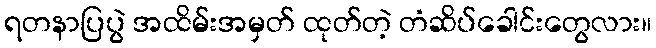
ရတနာပြပွဲ အထိမ်းအမှတ် ထုတ်တဲ့ တံဆိပ်ခေါင်းတွေလား။